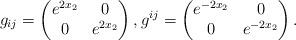
LaTeX: \begin{align*}g_{ij} = \begin{pmatrix}e^{2x_2} & 0 \\0 & e^{2x_2}\end{pmatrix}, g^{ij}=\begin{pmatrix}e^{-2x_2} & 0 \\0 & e^{-2x_2} \end{pmatrix}.\end{align*}